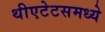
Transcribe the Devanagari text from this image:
थीएटेटसमध्ये